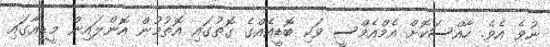
ނުވެ އެވެ. ހާއްސަކޮށް އެމްއެމްސީ ވަކި ބޮޑީއެއްގެ ގޮތުގައި އޮތުމުން އޮންލައިން މީޑިއާގައި